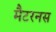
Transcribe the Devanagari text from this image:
मैटरनस